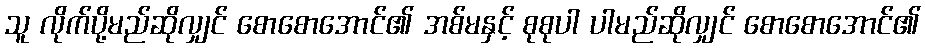
သူ လိုက်ပို့မည်ဆိုလျှင် စောစောအောင်၏ အစ်မနှင့် စုစုပါ ပါမည်ဆိုလျှင် စောစောအောင်၏